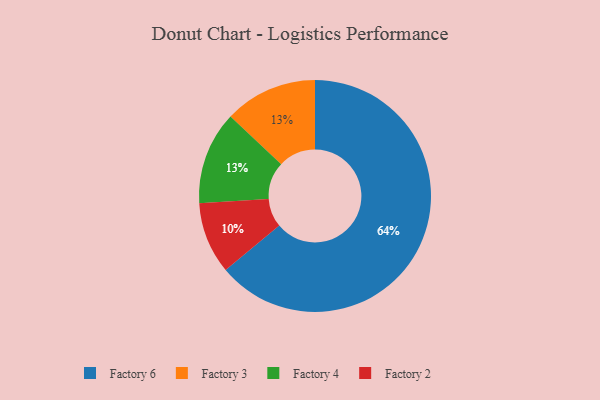
{"axis": {"x": "Category", "y": "Percentage"}, "legend": ["Factory 2", "Factory 3", "Factory 4", "Factory 6"], "data": [{"x": "Factory 2", "y": 10, "type": "Factory 2"}, {"x": "Factory 3", "y": 13, "type": "Factory 3"}, {"x": "Factory 6", "y": 64, "type": "Factory 6"}, {"x": "Factory 4", "y": 13, "type": "Factory 4"}]}